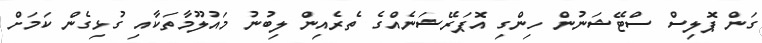
ގަން ޕޮލިސް ސްޓޭޝަނުން ހިންގި އޮޕަރޭޝަނެއްގެ ތެރެއިން ލިބުނު މައުލޫމާތަކާއި ގުޅިގެން ކަމަށް